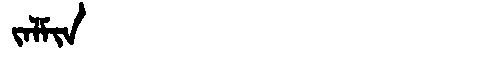
Manchu: ᠵᠠᠯᠮᡳᠨ
Romanization: JALMIN